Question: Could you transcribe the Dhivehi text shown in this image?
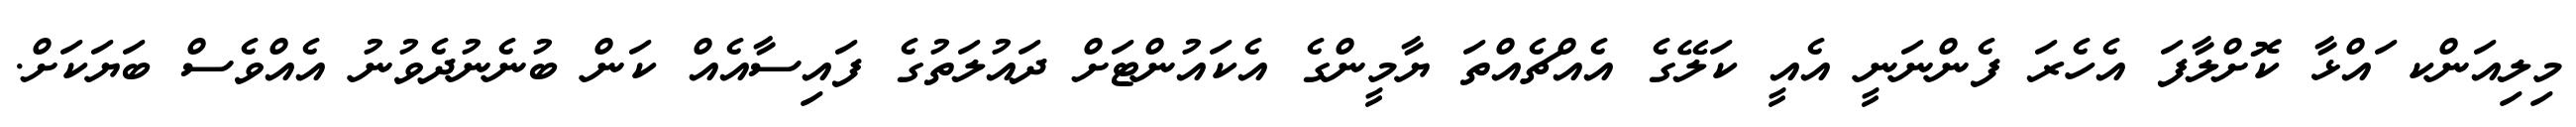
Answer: މިލިއަންކ ައްޅާ ކޮށްލާފަ އެހެރަ ފެންނަނީ އެއީ ކަލޭގެ އެއްޗެއްތަ ޔާމީންގެ އެކައުންޓަށް ދައުލަތުގެ ފައިސާއެއް ކަން ބުނެނުދެވުނު އެއްވެސް ބަޔަކަށް.